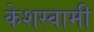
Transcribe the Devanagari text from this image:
केशस्वामी